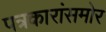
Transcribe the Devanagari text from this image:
पत्रकारांसमोर